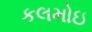
કલમોઇ